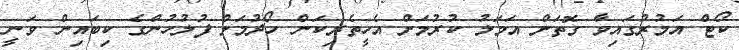
ކޯޓް އަމުރުގައިވާ ގޮތަށް އަމަލު ކުރުމަށް އެހީތެރިކަން ހޯދުމަށް ފުލުހުންގެ ކިބައިން ވަނީ